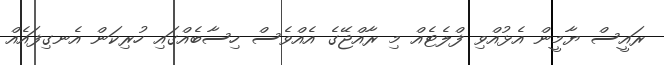
ރައީސް ޔާމީން އެޅުއްވި ފްލެޓެއް މި ރާއްޖޭގެ އެއްވެސް ހިސާބެއްގައި ހުރިކަން އެނގިފައެއް